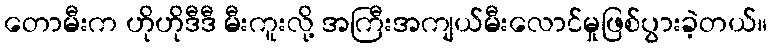
တောမီးက ဟိုဟိုဒီဒီ မီးကူးလို့ အကြီးအကျယ်မီးလောင်မှုဖြစ်ပွားခဲ့တယ်။